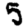
Digit: 5